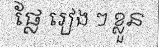
ផ្លែ រៀង ៗ ខ្លួន